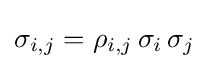
\sigma _{i,j}=\rho _{i,j}\,\sigma _{i}\,\sigma _{j}